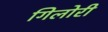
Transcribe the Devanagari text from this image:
गिलोरी